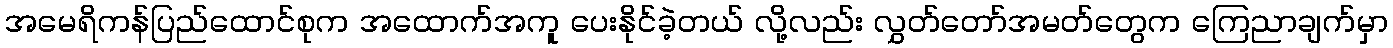
အမေရိကန်ပြည်ထောင်စုက အထောက်အကူ ပေးနိုင်ခဲ့တယ် လို့လည်း လွှတ်တော်အမတ်တွေက ကြေညာချက်မှာ